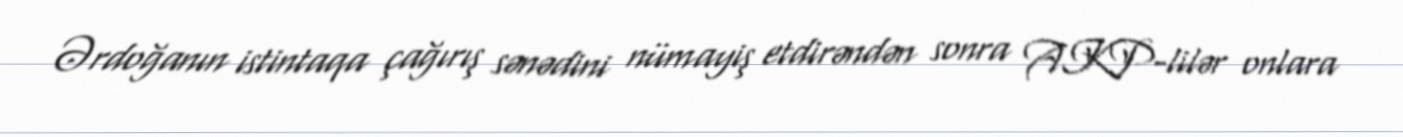
Ərdoğanın istintaqa çağırış sənədini nümayiş etdirəndən sonra AKP-lilər onlara